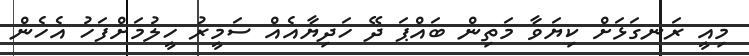
މިއީ ރަނގަޅަށް ކިޔަވާ މަތިން ބައްޕަ ދޭ ހަދިޔާއެއް ސަމީރު ހީލުމަށްފަހު އެހެން